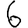
Digit: 6